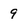
Character: 9